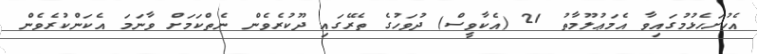
އެހުށަހެޅުމުގައިވާ އެމަޢުލޫމާތު 21 (އެކާވީސް) ދުވަހުގެ ތެރޭގައި ދޫކުރެވެން ނެތްކަމަށް ވާނަމަ އެކަންކުރެވެން